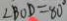
\angle B O D = 8 0 ^ { \circ }